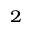
_ 2